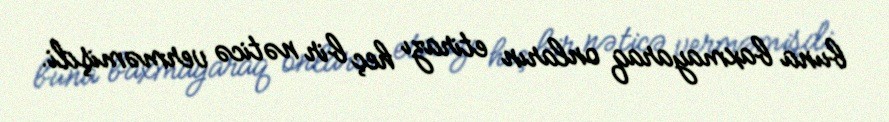
buna baxmayaraq onların etirazı heç bir nəticə verməmişdi.